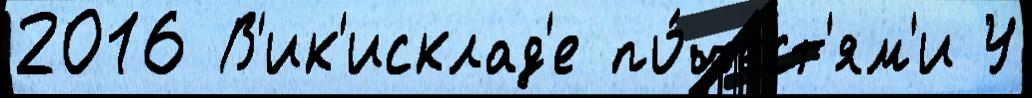
2016 В'ик'исклад'е по́чест'ям'и У